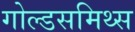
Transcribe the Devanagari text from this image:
गोल्डसमिथ्स